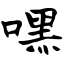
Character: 嘿